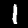
Digit: 1